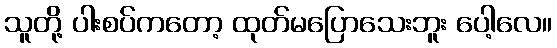
သူတို့ ပါးစပ်ကတော့ ထုတ်မပြောသေးဘူး ပေါ့လေ။